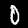
Label: 0